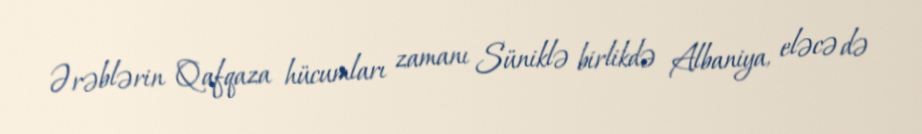
Ərəblərin Qafqaza hücumları zamanı Süniklə birlikdə Albaniya, eləcə də